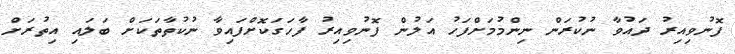
ފޮނުވިއިރު ދައުވާ ނުކުރަން ނިންމުމަށްފަހު އަލުން ފޮނުވިއިރު ފާހަގަކޮށްފައިވާ ނުކުތާތަކަށް ބަލައި އިތުރަށް